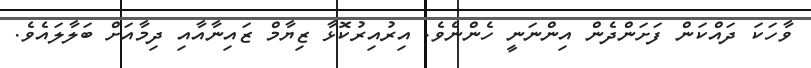
ވާހަކަ ދައްކަން ފަށަންދެން އިންނަނީ ހެންނެވެ. އިރުއިރުކޮޅާ ޒިޔާމް ޒައިނާއާއި ދިމާއަށް ބަލާލައެވެ.